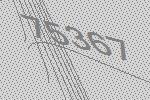
75367